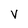
Character: V